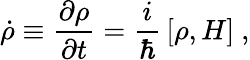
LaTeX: \dot{\rho}\equiv{\frac{\partial\rho}{\partial t}}={\frac{i}{\hbar}}\, [\rho,H]\ ,